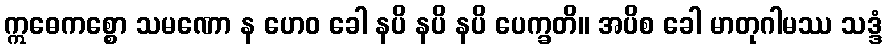
ဣဓေကစ္စော သမဏော န ဟေဝ ခေါ နပိ နပိ နပိ ပေက္ခတိ။ အပိစ ခေါ မာတုဂါမဿ သဒ္ဒံ